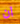
ان